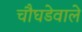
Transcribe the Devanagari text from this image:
चौघडेवाले